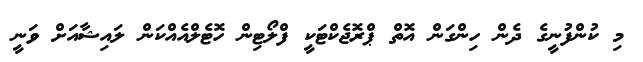
މި ކުންފުނީގެ ދެން ހިންގަން އޮތް ޕްރޮޖެކްޓަކީ ފްލޯޓިން ހޮޓެލްއެއްކަން ލައިޝާއަށް ވަނީ